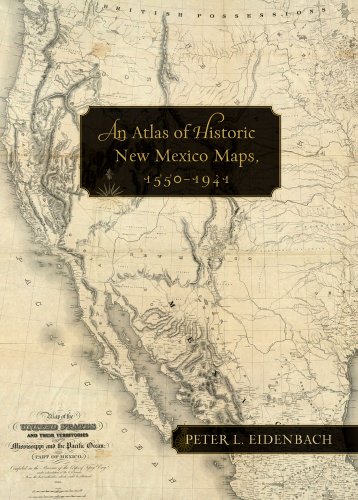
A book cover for An Atlas of Historic New Mexico Maps, 1550-1941; Peter L. Eidenbach; History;